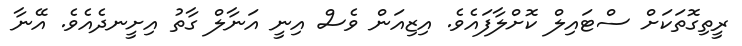
ރީތިގޮތަކަށް ސްޓައިލް ކޮށްލާފައެވެ. އިޒިއަން ވެސް އިނީ އަނާލް ގާތު އިށީނދެއެވެ. އޭނާ